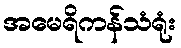
အမေရိကန်သံရုံး